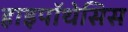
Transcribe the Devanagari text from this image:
हाइपॉथेसिस